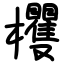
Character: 欔